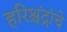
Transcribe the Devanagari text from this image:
हरिश्चंद्रांचे